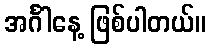
အင်္ဂါနေ့ ဖြစ်ပါတယ်။